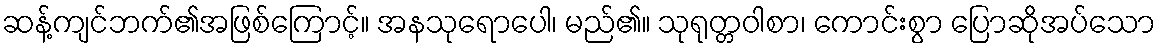
ဆန့်ကျင်ဘက်၏အဖြစ်ကြောင့်။ အနသုရောပေါ၊ မည်၏။ သုရုတ္တဝါစာ၊ ကောင်းစွာ ပြောဆိုအပ်သော